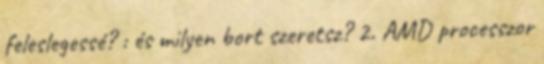
feleslegessé? : és milyen bort szeretsz? 2. AMD processzor